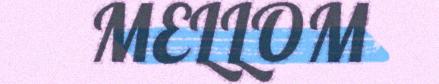
MELLOM